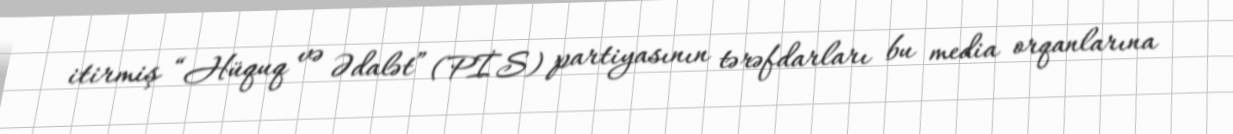
itirmiş “Hüquq və Ədalət” (PİS) partiyasının tərəfdarları bu media orqanlarına